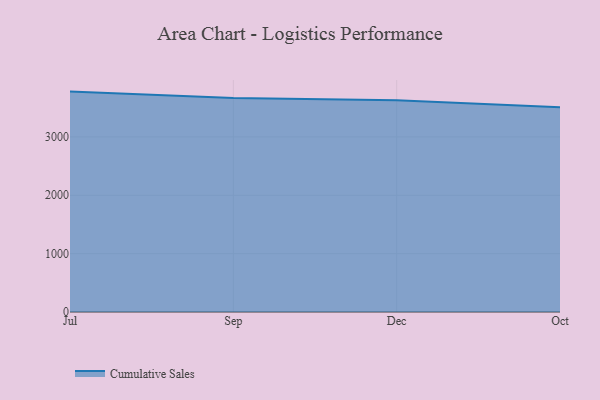
{"axis": {"x": "Month", "y": "Churn Rate (%)"}, "legend": ["Cumulative Sales"], "data": [{"x": "Jul", "y": 3776.0, "type": "Cumulative Sales"}, {"x": "Sep", "y": 3666.0, "type": "Cumulative Sales"}, {"x": "Dec", "y": 3627.0, "type": "Cumulative Sales"}, {"x": "Oct", "y": 3506.0, "type": "Cumulative Sales"}]}